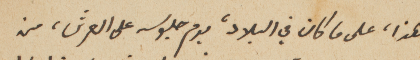
هذا، على ما كان في البلاد، يوم جلوسه على العرش، من